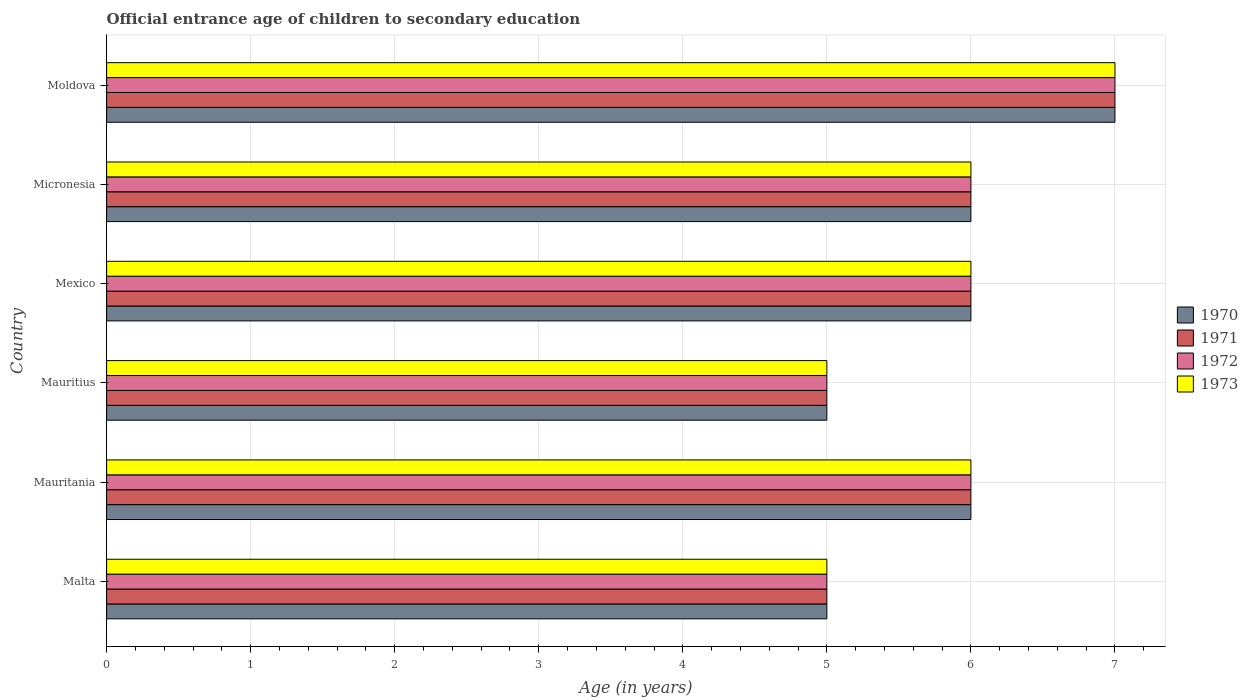
| Country | 1970 | 1971 | 1972 | 1973 |
 | --- | --- | --- | --- | --- |
 | Malta | 5 | 5 | 5 | 5 |
 | Mauritania | 6 | 6 | 6 | 6 |
 | Mauritius | 5 | 5 | 5 | 5 |
 | Mexico | 6 | 6 | 6 | 6 |
 | Micronesia | 6 | 6 | 6 | 6 |
 | Moldova | 7 | 7 | 7 | 7 |